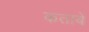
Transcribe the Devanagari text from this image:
कताबें